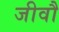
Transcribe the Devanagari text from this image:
जीवौ